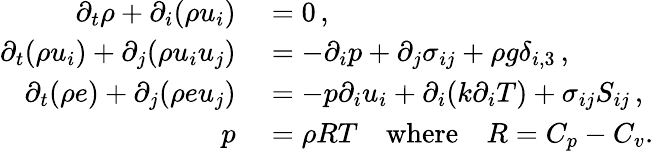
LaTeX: \begin{array}{rl}{\partial_{t}\rho+\partial_{i}(\rho u_{i})}&{{}=0\, ,}\\ {\partial_{t}(\rho u_{i})+\partial_{j}(\rho u_{i}u_{j})}&{{}=-\partial_{i}p+\partial_{j}\sigma_{ij}+\rho g\delta_{i,3}\, ,}\\ {\partial_{t}(\rho e)+\partial_{j}(\rho eu_{j})}&{{}=-p\partial_{i}u_{i}+\partial_{i}(k\partial_{i}T)+\sigma_{ij}S_{ij}\, ,}\\ {p}&{{}=\rho RT\quad\textrm{where}\quad R=C_{p}-C_{v}.}\end{array}